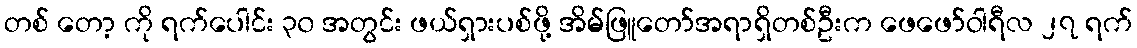
တစ် တော့ ကို ရက်ပေါင်း ၃၀ အတွင်း ဖယ်ရှားပစ်ဖို့ အိမ်ဖြူတော်အရာရှိတစ်ဦးက ဖေဖော်ဝါရီလ ၂၇ ရက်